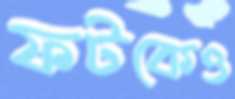
ফটকেও